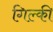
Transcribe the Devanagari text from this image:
गिल्की